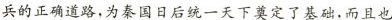
兵的正确道路,为秦国日后统一天下奠定了基础，而且也